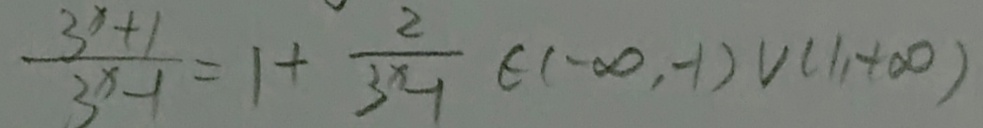
\frac { 3 ^ { x } + 1 } { 3 ^ { x } - 1 } = 1 + \frac { 2 } { 3 ^ { x } - 1 } \in ( - \infty , - 1 ) \cup ( 1 , + \infty )